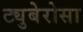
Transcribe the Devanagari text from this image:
ट्युबेरोसा